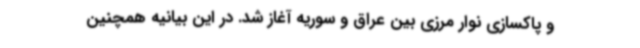
و پاکسازی نوار مرزی بین عراق و سوریه آغاز شد. در این بیانیه همچنین